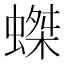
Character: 𧎩